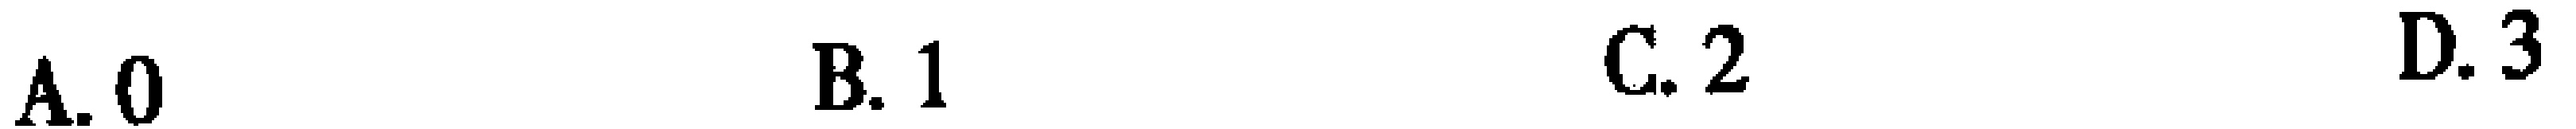
A. 0  B. 1  C. 2  D. 3